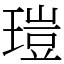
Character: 𤧸